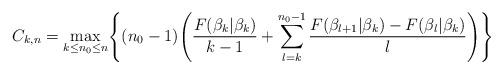
LaTeX: \begin{align*}C_{k,n} = \max_{k \le n_0 \le n} \Biggl\{ (n_0 -1)\Biggl(\frac{F(\beta_k|\beta_k)}{k-1} + \sum_{l=k}^{n_0-1}\frac{F(\beta_{l+1}|\beta_k) -F(\beta_{l}|\beta_k)}{l} \Biggr) \Biggr\}\end{align*}